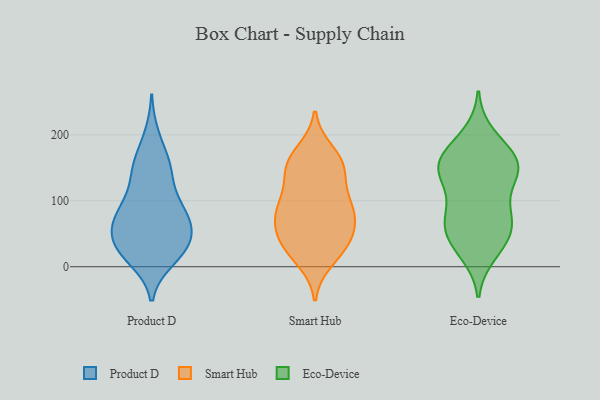
{"axis": {"x": "Latency (ms)", "y": "Value"}, "legend": ["Eco-Device", "Product D", "Smart Hub"], "data": [{"x": "", "y": 144, "type": "Product D"}, {"x": "", "y": 198, "type": "Product D"}, {"x": "", "y": 87, "type": "Product D"}, {"x": "", "y": 56, "type": "Product D"}, {"x": "", "y": 12, "type": "Product D"}, {"x": "", "y": 49, "type": "Product D"}, {"x": "", "y": 92, "type": "Product D"}, {"x": "", "y": 25, "type": "Product D"}, {"x": "", "y": 79, "type": "Product D"}, {"x": "", "y": 105, "type": "Product D"}, {"x": "", "y": 158, "type": "Product D"}, {"x": "", "y": 19, "type": "Product D"}, {"x": "", "y": 56, "type": "Product D"}, {"x": "", "y": 70, "type": "Product D"}, {"x": "", "y": 30, "type": "Product D"}, {"x": "", "y": 143, "type": "Product D"}, {"x": "", "y": 74, "type": "Product D"}, {"x": "", "y": 38, "type": "Product D"}, {"x": "", "y": 21, "type": "Product D"}, {"x": "", "y": 155, "type": "Product D"}, {"x": "", "y": 32, "type": "Smart Hub"}, {"x": "", "y": 82, "type": "Smart Hub"}, {"x": "", "y": 84, "type": "Smart Hub"}, {"x": "", "y": 21, "type": "Smart Hub"}, {"x": "", "y": 163, "type": "Smart Hub"}, {"x": "", "y": 97, "type": "Smart Hub"}, {"x": "", "y": 36, "type": "Smart Hub"}, {"x": "", "y": 153, "type": "Smart Hub"}, {"x": "", "y": 174, "type": "Smart Hub"}, {"x": "", "y": 47, "type": "Smart Hub"}, {"x": "", "y": 154, "type": "Smart Hub"}, {"x": "", "y": 146, "type": "Smart Hub"}, {"x": "", "y": 77, "type": "Smart Hub"}, {"x": "", "y": 47, "type": "Smart Hub"}, {"x": "", "y": 139, "type": "Smart Hub"}, {"x": "", "y": 101, "type": "Smart Hub"}, {"x": "", "y": 93, "type": "Smart Hub"}, {"x": "", "y": 10, "type": "Smart Hub"}, {"x": "", "y": 61, "type": "Smart Hub"}, {"x": "", "y": 80, "type": "Eco-Device"}, {"x": "", "y": 152, "type": "Eco-Device"}, {"x": "", "y": 143, "type": "Eco-Device"}, {"x": "", "y": 73, "type": "Eco-Device"}, {"x": "", "y": 130, "type": "Eco-Device"}, {"x": "", "y": 141, "type": "Eco-Device"}, {"x": "", "y": 31, "type": "Eco-Device"}, {"x": "", "y": 20, "type": "Eco-Device"}, {"x": "", "y": 54, "type": "Eco-Device"}, {"x": "", "y": 158, "type": "Eco-Device"}, {"x": "", "y": 63, "type": "Eco-Device"}, {"x": "", "y": 37, "type": "Eco-Device"}, {"x": "", "y": 67, "type": "Eco-Device"}, {"x": "", "y": 152, "type": "Eco-Device"}, {"x": "", "y": 179, "type": "Eco-Device"}, {"x": "", "y": 94, "type": "Eco-Device"}, {"x": "", "y": 200, "type": "Eco-Device"}, {"x": "", "y": 174, "type": "Eco-Device"}, {"x": "", "y": 148, "type": "Eco-Device"}]}